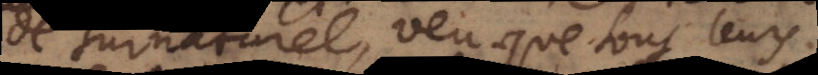
de surnaturel, veu que tous leurs